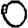
Digit: 0